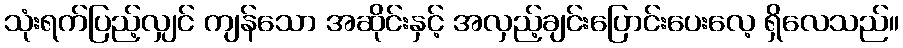
သုံးရက်ပြည့်လျှင် ကျန်သော အဆိုင်းနှင့် အလှည့်ချင်းပြောင်းပေးလေ့ ရှိလေသည်။